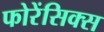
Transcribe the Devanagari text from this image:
फोरेंसिक्स